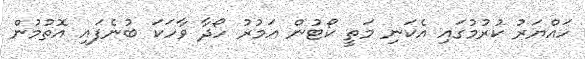
ހައްޔަރު ކުރުމުގައި އެކަނި މަތީ ކޯޓުން އަމުރު ހޯދާ ވާހަކަ ބުނެފައި އޮތުމުން